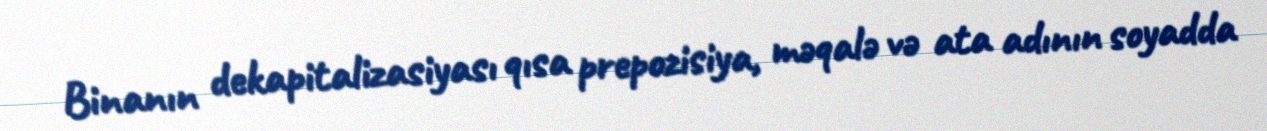
Binanın dekapitalizasiyası qısa prepozisiya, məqalə və ata adının soyadda